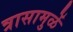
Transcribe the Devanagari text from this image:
त्रासामुळें